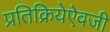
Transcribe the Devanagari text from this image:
प्रतिक्रियेऐवजी